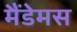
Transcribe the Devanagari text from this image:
मैंडेमस